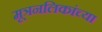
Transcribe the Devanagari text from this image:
मूत्रनलिकांच्या